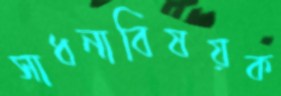
সাধনাবিষয়ক